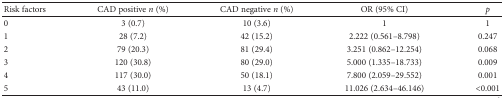
<table><thead><tr><td><b>Risk factors</b></td><td><b>CAD positive <i>n</i> (%)</b></td><td><b>CAD negative <i>n</i> (%)</b></td><td><b>OR (95% CI)</b></td><td><b><i>p</i></b></td></tr></thead><tbody><tr><td>0</td><td>3 (0.7)</td><td>10 (3.6)</td><td>1</td><td>1</td></tr><tr><td>1</td><td>28 (7.2)</td><td>42 (15.2)</td><td>2.222 (0.561–8.798)</td><td>0.247</td></tr><tr><td>2</td><td>79 (20.3)</td><td>81 (29.4)</td><td>3.251 (0.862–12.254)</td><td>0.068</td></tr><tr><td>3</td><td>120 (30.8)</td><td>80 (29.0)</td><td>5.000 (1.335–18.733)</td><td>0.009</td></tr><tr><td>4</td><td>117 (30.0)</td><td>50 (18.1)</td><td>7.800 (2.059–29.552)</td><td>0.001</td></tr><tr><td>5</td><td>43 (11.0)</td><td>13 (4.7)</td><td>11.026 (2.634–46.146)</td><td>&lt;0.001</td></tr></tbody></table>